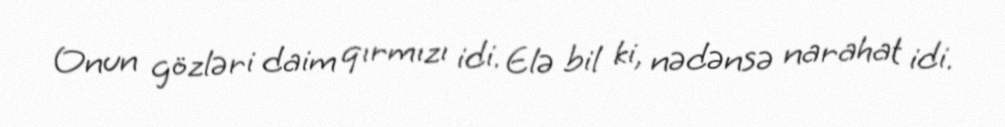
Onun gözləri daim qırmızı idi. Elə bil ki, nədənsə narahat idi.